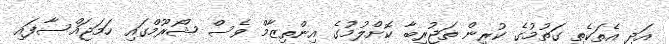
އަދި އެތަކެތި ގަތުމުގެ ކުރިން ތަޖުރިބާ ކޮށްލުމުގެ އިންތިޒާމް ވެސް ޝޯރޫމްގައި ހަމަޖައްސާފައި